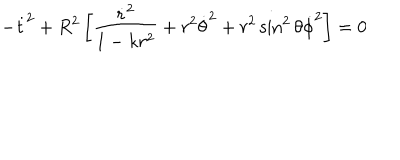
LaTeX: - { \dot { t } } ^ { 2 } + R ^ { 2 } \left[ \frac { { \dot { r } } ^ { 2 } } { 1 - k r ^ { 2 } } + r ^ { 2 } { \dot { \theta } } ^ { 2 } + r ^ { 2 } \sin ^ { 2 } { \theta } { \dot { \phi } } ^ { 2 } \right] = 0